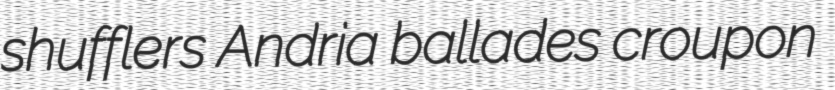
shufflers Andria ballades croupon